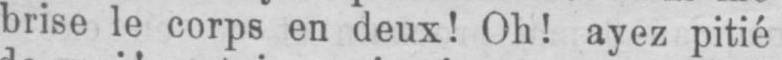
brise le corps en deux! Oh! ayez pitié